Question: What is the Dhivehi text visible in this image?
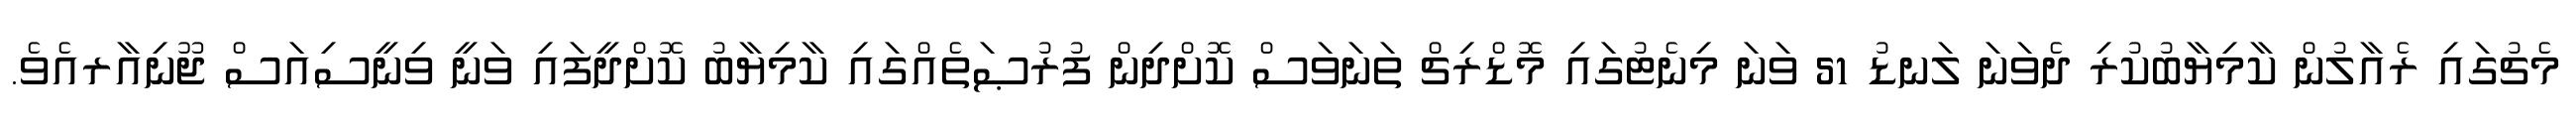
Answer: މެޗުގައި ރެއާލުން ކާމިޔާބުކުރި ދެވަނަ ލަނޑު 51 ވަނަ މިނެޓުގައި މޮޑްރިޗް ތަނަވަސް ކޮށްދިން ފުރުޞަތެއްގައި ކާމިޔާބު ކޮށްދީފައި ވަނީ ވިނީސިއަސް ޖޫނިއާރއެވެ.